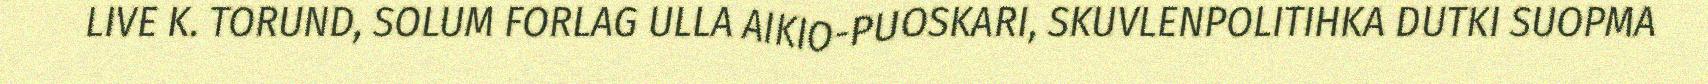
LIVE K. TORUND, SOLUM FORLAG ULLA AIKIO-PUOSKARI, SKUVLENPOLITIHKA DUTKI SUOPMA